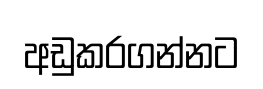
අඩුකරගන්නට